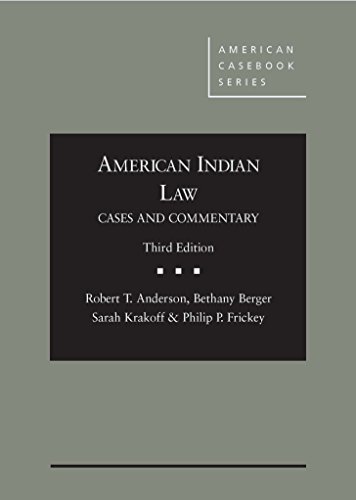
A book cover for American Indian Law: Cases and Commentary (American Casebook Series); Robert Anderson; Law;